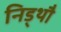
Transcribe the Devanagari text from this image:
निड्थौ